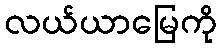
လယ်ယာမြေကို